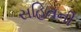
સહિતની